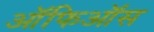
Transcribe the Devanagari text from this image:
ऑफिऑस